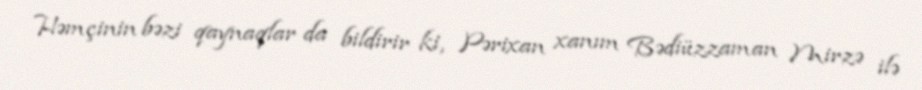
Həmçinin bəzi qaynaqlar da bildirir ki, Pərixan xanım Bədiüzzaman Mirzə ilə